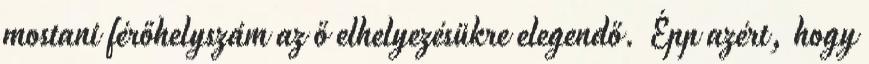
mostani férőhelyszám az ő elhelyezésükre elegendő. Épp azért, hogy